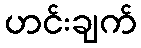
ဟင်းချက်